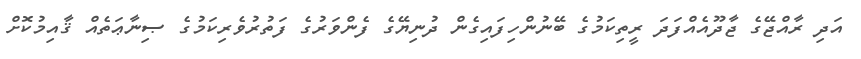
އަދި ރާއްޖޭގެ ޖާދޫއެއްފަދަ ރީތިކަމުގެ ބޭނުންހިފައިގެން ދުނިޔޭގެ ފެންވަރުގެ ފަތުރުވެރިކަމުގެ ޞިނާޢަތެއް ޤާއިމުކޮށް